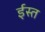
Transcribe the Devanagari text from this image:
ईस्त